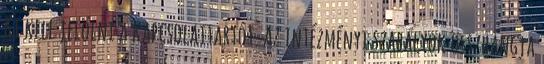
Ki kell jelölni a kapcsolattartót. Az intézményi szabályok összhangja